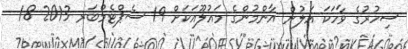
ސިހުރުގެ ވާހަކަ އަލުން އާންމުންގެ މައުލޫއަކަށް 19 ސެޕްޓެމްބަރ 2013 18